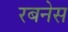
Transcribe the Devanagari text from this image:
रबनेस